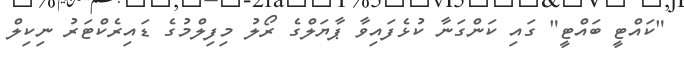
"ކައްޓީ ބައްޓީ" ގައި ކަންގަނާ ކުޅެފައިވާ ޕާޔަލްގެ ރޯލު މިފިލްމުގެ ޑައިރެކްޓަރު ނިކިލް